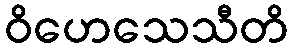
ဝိဟေသေသီတိ